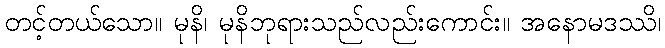
တင့်တယ်သော။ မုနိ၊ မုနိဘုရားသည်လည်းကောင်း။ အနောမဒဿိ၊